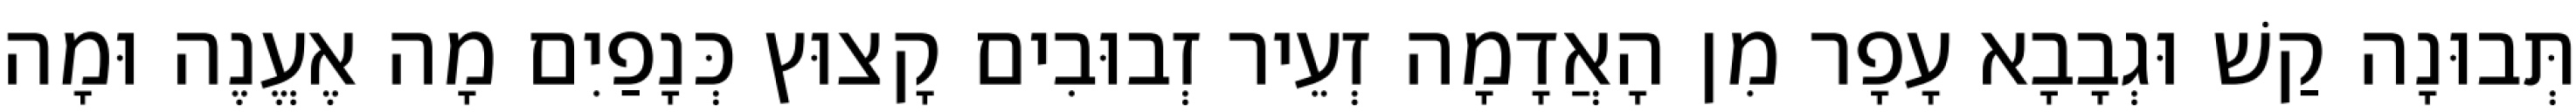
תְּבוּנָה קַשׁ וּגְבָבָא עָפָר מִן הָאֲדָמָה זְעֵיר זְבוּבִים קָצוּץ כְּנָפַיִם מָה אֶעֱנֶה וּמָה